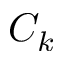
C _ { k }